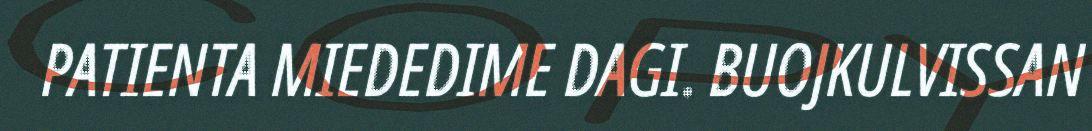
PATIENTA MIEDEDIME DAGI. BUOJKULVISSAN